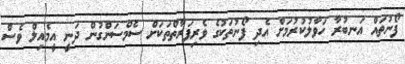
ފޯނުތައް އަނބުރާ ހަވާލުކުރުމަށް އެދި ފޯނުތަކުގެ ވެރިފަރާތްތަކަށް ސެމްސަންގުން ދަނީ އީމެއިލް ވެސް